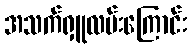
အသက်ရှူလမ်းကြောင်း